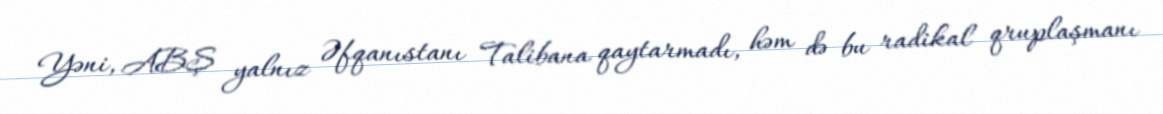
Yəni, ABŞ yalnız Əfqanıstanı Talibana qaytarmadı, həm də bu radikal qruplaşmanı